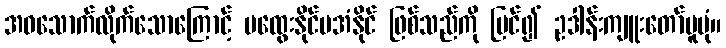
အဝသောက်လိုက်သောကြောင့် မထွေးနိုင်မအံနိုင် ဖြစ်သည်ကို မြင်၍ ဥဒါန်းကျူးတော်မူပုံ။